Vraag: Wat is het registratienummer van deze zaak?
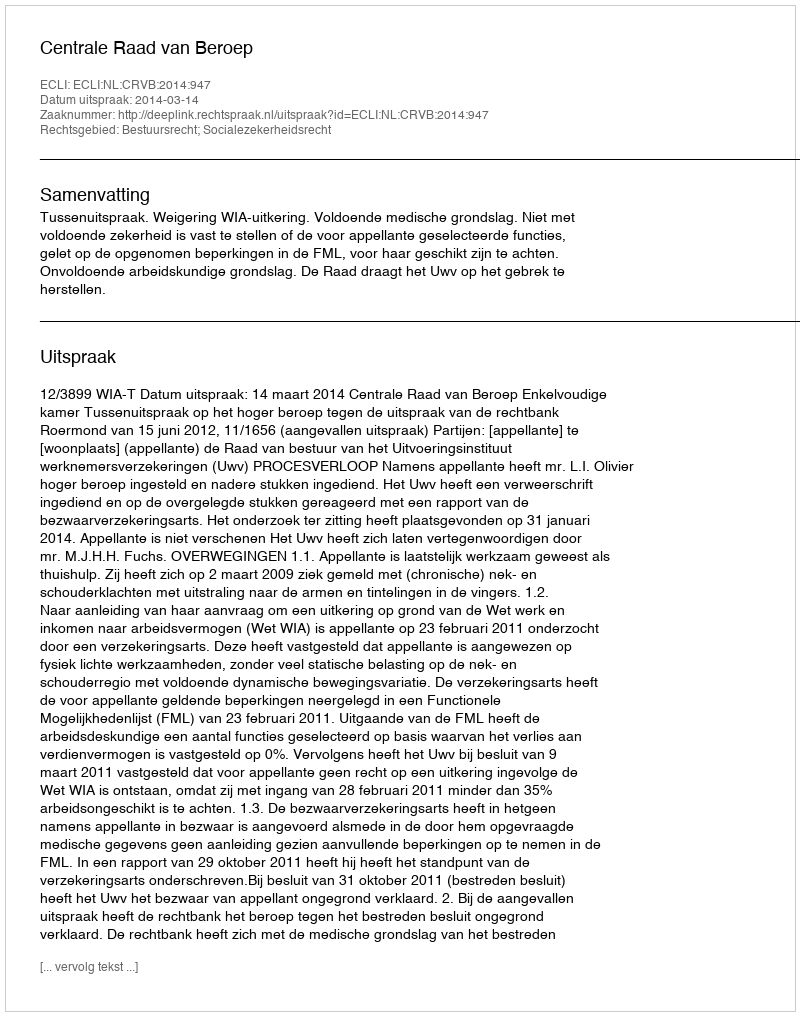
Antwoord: http://deeplink.rechtspraak.nl/uitspraak?id=ECLI:NL:CRVB:2014:947